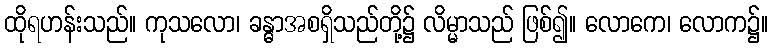
ထိုရဟန်းသည်။ ကုသလော၊ ခန္ဓာအစရှိသည်တို့၌ လိမ္မာသည် ဖြစ်၍။ လောကေ၊ လောက၌။